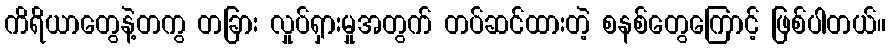
ကိရိယာတွေနဲ့တကွ တခြား လှုပ်ရှားမှုအတွက် တပ်ဆင်ထားတဲ့ စနစ်တွေကြောင့် ဖြစ်ပါတယ်။